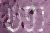
נפש